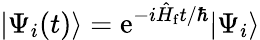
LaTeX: |\Psi_{i}(t)\rangle=\mathrm{e}^{-i\hat{{H}}_{\mathrm{{f}}}t/\hbar}|\Psi_{i}\rangle